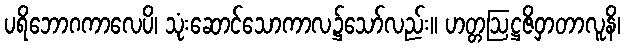
ပရိဘောဂကာလေပိ၊ သုံးဆောင်သောကာလ၌သော်လည်း။ ဟတ္တဩဋ္ဌဇိဝှာတာလူနိ၊